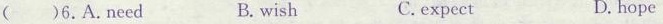
( )6.A.Need B. wish C.expect D.hope